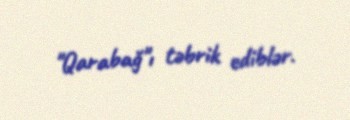
"Qarabağ"ı təbrik ediblər.